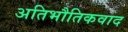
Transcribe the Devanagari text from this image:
अतिभौतिकवाद